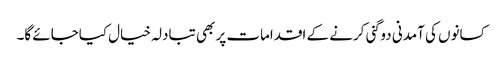
کسانوں کی آمدنی دوگنی کرنے کے اقدامات پر بھی تبادلہ خیال کیاجائے گا۔